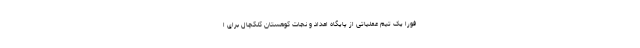
فوراً یک تیم عملیاتی از پایگاه امداد و نجات کوهستان کلکچال برای ا